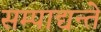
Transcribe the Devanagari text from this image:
सम्पाद्यन्ते